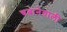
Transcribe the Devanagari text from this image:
चबानेवाली